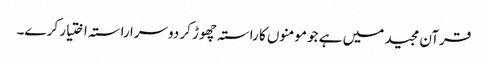
قرآن مجید میں ہے جو مومنوں کا راستہ چھوڑ کر دوسرا راستہ اختیار کر ے۔